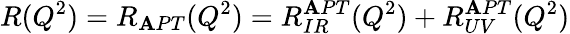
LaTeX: R(Q^{2})=R_{\mathbf{A}PT}(Q^{2})=R_{IR}^{\mathbf{A}PT}(Q^{2})+R_{UV}^{\mathbf{A}PT}(Q^{2})